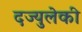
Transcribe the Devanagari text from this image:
दज्युलेकी